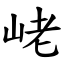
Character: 峔